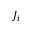
J _ { i }